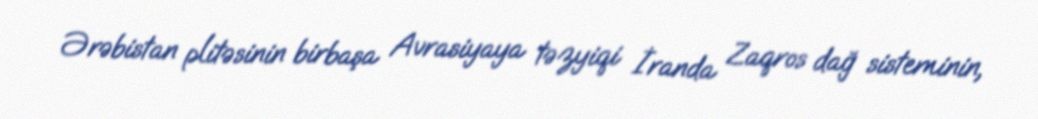
Ərəbistan plitəsinin birbaşa Avrasiyaya təzyiqi İranda Zaqros dağ sisteminin,